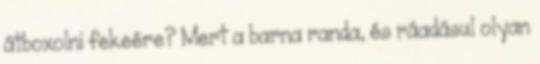
átboxolni fekeére? Mert a barna randa, és ráadásul olyan